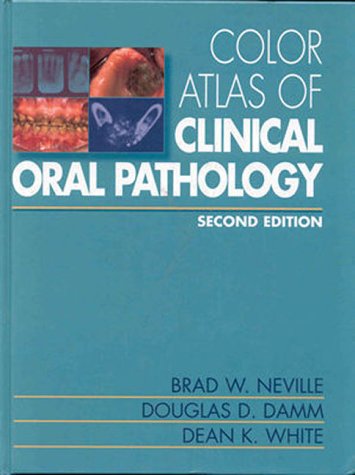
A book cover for Color Atlas of Clinical Oral Pathology, 2nd Edition; Brad W. Neville; Medical Books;